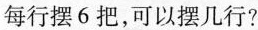
每行摆 6 把，可以摆几行?